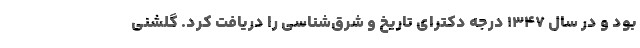
بود و در سال ۱۳۴۷ درجه دکترای تاریخ و شرق‌شناسی را دریافت کرد. گلشنی